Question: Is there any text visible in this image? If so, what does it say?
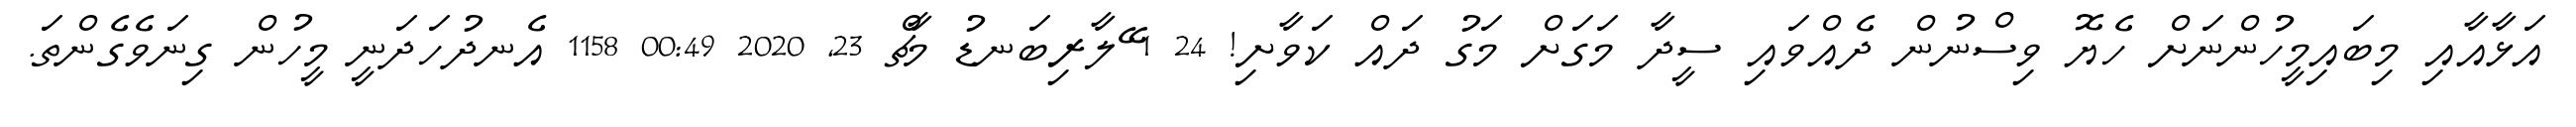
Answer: އަޅާއާއި މިބައިމީހުންނަށް ހެޔޮ ވިސްނުން ދެއްވައި ސީދާ މަގަށް މަގު ދައް ކަވާށި! 24 1 ޭލާރިބަނޑު މާޗް 23, 2020 00:49 1158 އެނދުހަދަނީ މީހުން ގިނަވެގެންތަ.